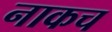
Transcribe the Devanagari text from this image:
नाकच